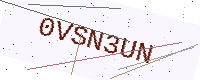
Text: 0VSN3UN